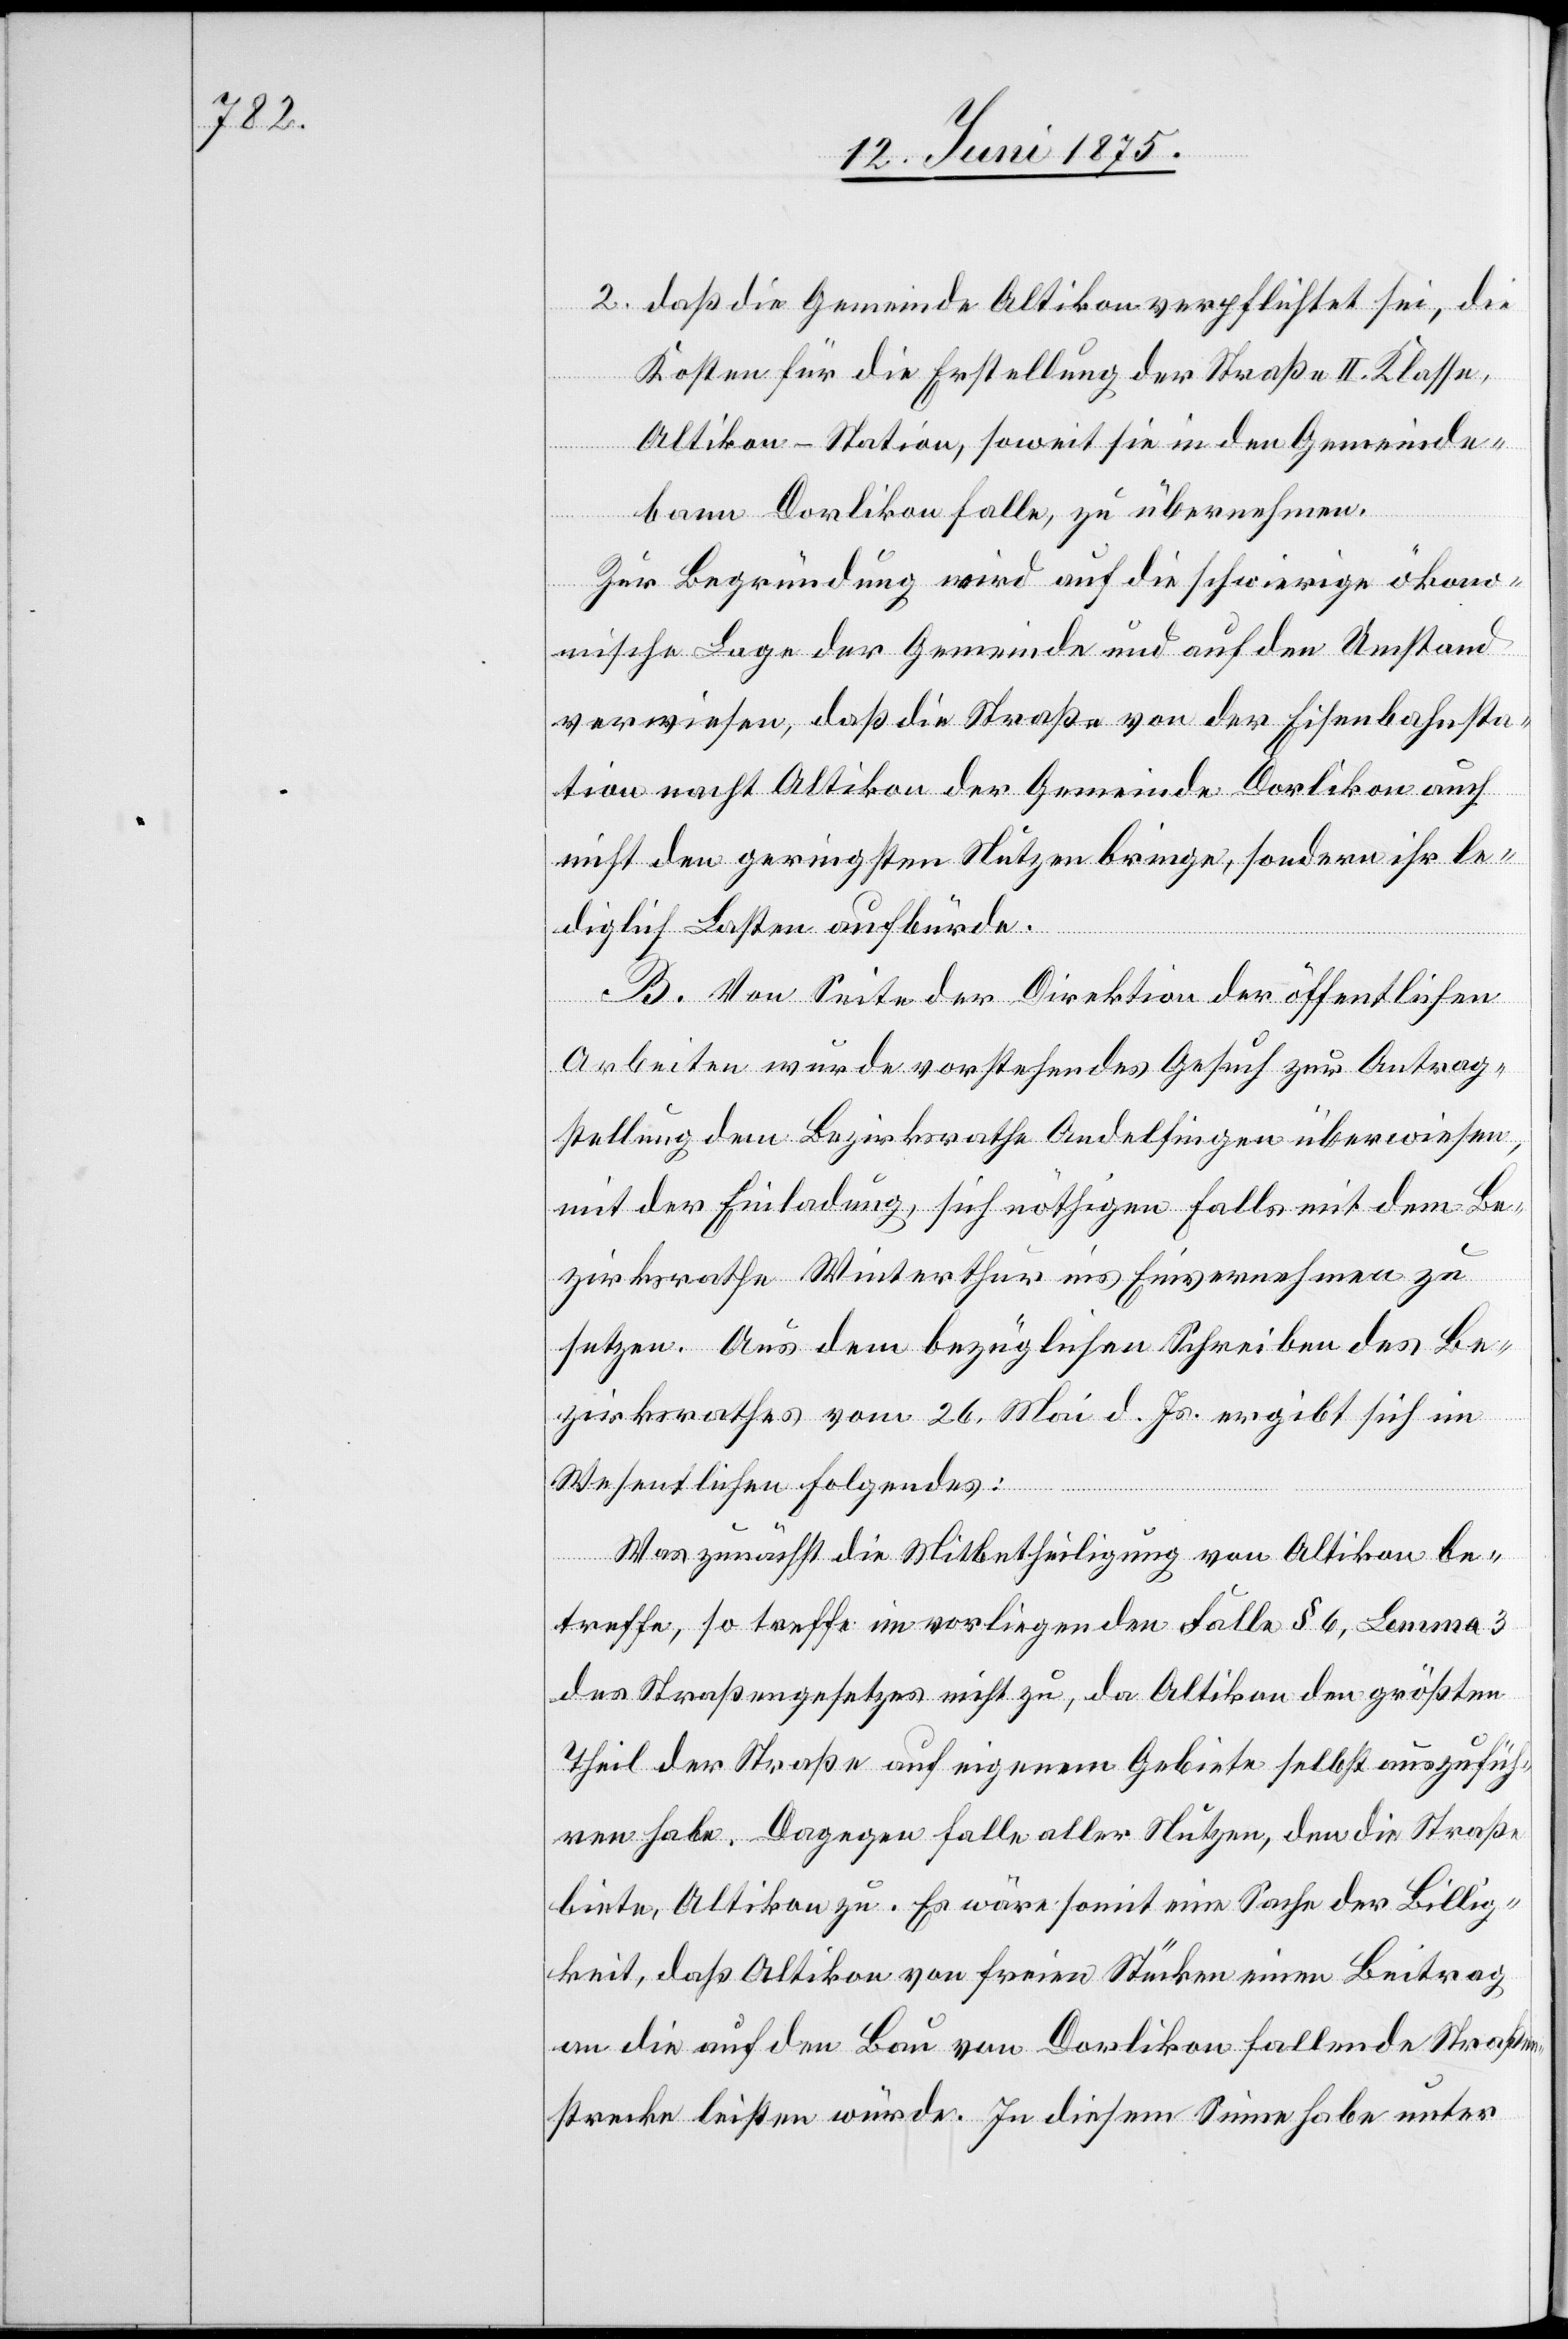
2. daß die Gemeinde Altikon verpflichtet sei, die
Kosten für die Erstellung der Straße II. Klasse,
Altikon–Station, soweit sie in den Gemeinde¬
bann Dorlikon falle, zu übernehmen.
Zur Begründung wird auf die schwierige ökono¬
mische Lage der Gemeinde und auf den Umstand
verwiesen, daß die Straße von der Eisenbahnsta¬
tion nacht [sic!] Altikon der Gemeinde Dorlikon auch
nicht den geringsten Nutzen bringe, sondern ihr le¬
diglich Lasten aufbürde.
B. Von Seite der Direktion der öffentlichen
Arbeiten wurde vorstehendes Gesuch zur Antrag¬
stellung dem Bezirksrathe Andelfingen überwiesen,
mit der Einladung, sich nöthigen Falls mit dem Be¬
zirksrathe Winterthur ins Einvernehmen zu
setzten. Aus dem bezüglichen Schreiben des Be¬
zirksrathes vom 26. Mai d. Js. ergibt sich im
Wesentlichen Folgendes:
Was zunächst die Mitbetheiligung von Altikon be¬
treffe, so treffe im vorliegenden Falle § 6, Lemma 3
des Straßengesetzes nicht zu, da Altikon den größten
Theil der Straße auf eigenem Gebiete selbst auszufüh¬
ren habe. Dagegen falle aller Nutzen, den die Straße
biete, Altikon zu. Es wäre somit eine Sache der Billig¬
keit, daß Altikon von freien Stücken einen Beitrag
an die auf den Bau von Dorlikon fallende Straßen¬
strecke leisten würde. In diesem Sinne habe unter